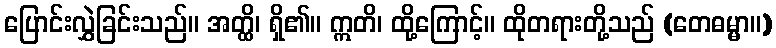
ပြောင်းလွှဲခြင်းသည်။ အတ္ထိ၊ ရှိ၏။ ဣတိ၊ ထို့ကြောင့်။ ထိုတရားတို့သည် (တေဓမ္မာ။)